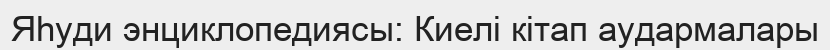
Яһуди энциклопедиясы: Киелі кітап аудармалары